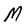
Character: M